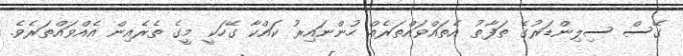
ގޭސް ސިލިންޑަރުގެ ތަފާތު އެތައްވައްތަރެއް ހުންނައިރު ކައްކާ ގޭހަކީ މީގެ ތެރެއިން އެއްވައްތަރެވެ.